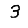
Digit: 3